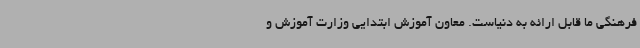
فرهنگی ما قابل ارائه به دنیاست. معاون آموزش ابتدایی وزارت آموزش و